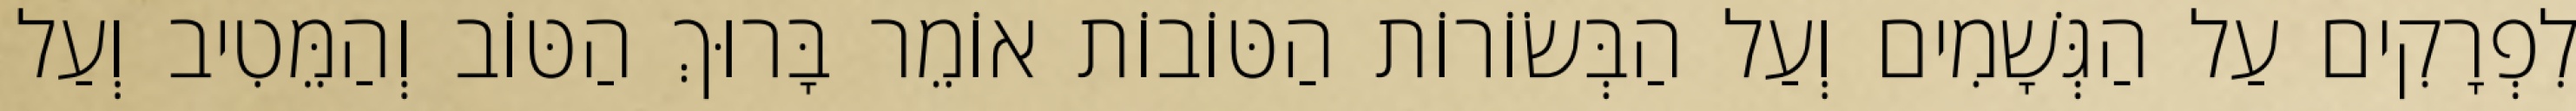
לִפְרָקִים עַל הַגְּשָׁמִים וְעַל הַבְּשׂוֹרוֹת הַטּוֹבוֹת אוֹמֵר בָּרוּךְ הַטּוֹב וְהַמֵּטִיב וְעַל